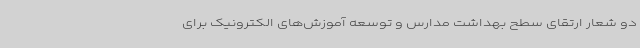
دو شعار ارتقای سطح بهداشت مدارس و توسعه آموزش‌های الکترونیک برای